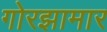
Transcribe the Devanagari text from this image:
गोरझामार